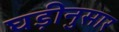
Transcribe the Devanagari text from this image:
घड़ीनुसार